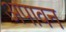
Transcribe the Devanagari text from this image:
अपावन